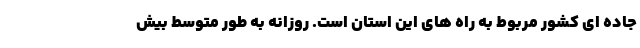
جاده ای کشور مربوط به راه های این استان است. روزانه به طور متوسط بیش